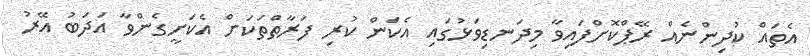
އެތައް ކުދިންނެއް ރޭޕްކޮށްފައިވާ މިދަނޑިވަޅުގައި އެކަން ކުރި ފަރާތްތަކަށް އެކަށީގެންވާ އަދަބު އޭރު